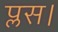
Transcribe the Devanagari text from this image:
प्लस।